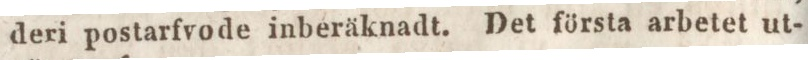
deri postarfvode inberäknadt. Det första arbetet ut-